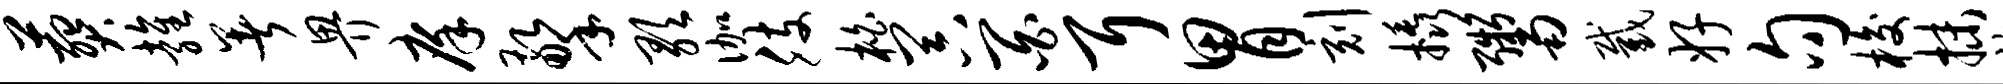
葬雍暑畀庠擎歌伽肢柏器百耳胃刻橇鬻截好句梭抹祚